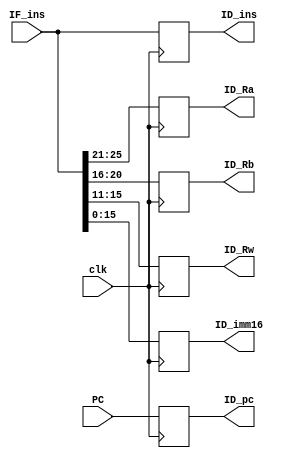

module if_id( clk, IF_ins, ID_ins, PC, ID_pc, ID_Ra, ID_Rb, ID_Rw, ID_imm16);

input clk;
input[31:0] IF_ins;
input[31:2] PC;

output reg [31:2] ID_pc;
output reg [31:0] ID_ins;
output reg [4:0]  ID_Ra,ID_Rb,ID_Rw;
output reg [15:0] ID_imm16;

initial begin
    ID_ins = 32'd0;
    ID_Ra = 5'd0;
    ID_Rb = 5'd0;
    ID_Rw = 5'd0;
    ID_imm16 = 16'd0;
    ID_pc = 30'd0;
end

always @(negedge clk)
begin
    ID_ins <= IF_ins;
    ID_pc <= PC;
    ID_Ra <= IF_ins[25:21];
    ID_Rb <= IF_ins[20:16];
    ID_Rw <= IF_ins[15:11];
    ID_imm16 <= IF_ins[15:0];
end

endmodule